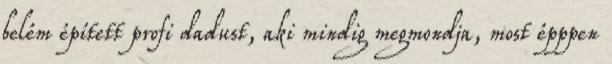
belém épített profi dadust, aki mindig megmondja, most épppen